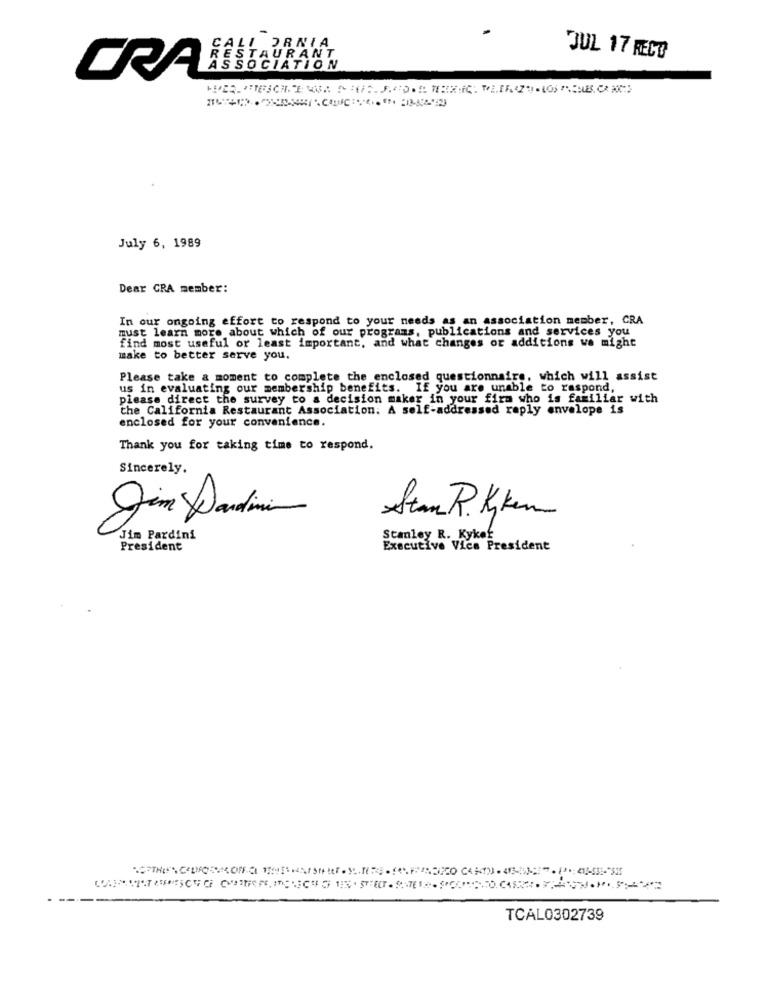
-
CALI ORNIA
STAURANT
JUL 17 RECO
ORAASSOCIATION
July 6, 1989
Dear CRA member:
In our ongoing effort to respond to your needs as an association member, CRA
must learn more about which of our programs, publications and services you
find most useful or least important, and what changes or additions we might
make to better serve you.
Please take a moment to complete the enclosed questionnaire, which will assist
us in evaluating our membership benefits. If you are unable to respond,
please direct the survey to a decision maker in your firm who is familiar with
the California Restaurant Association: A self-addressed reply envelope is
enclosed for your convenience.
Thank you for taking time to respond.
Sincerely.
Stam R. Kken
Jim Pardini
Stanley R. Kykof
President
Executive Vice President
TCAL0302739